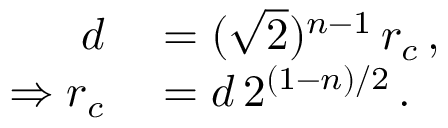
\begin{array} { r l } { d } & { { } = ( \sqrt { 2 } ) ^ { n - 1 } \, r _ { c } \, , } \\ { \Rightarrow r _ { c } } & { { } = d \, 2 ^ { ( 1 - n ) / 2 } \, . } \end{array}